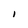
Character: I